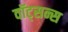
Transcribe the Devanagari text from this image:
वॉट्सन्स